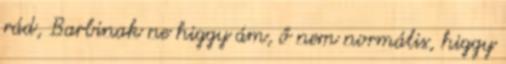
rád, Barbinak ne higgy ám, ő nem normális, higgy